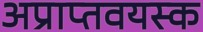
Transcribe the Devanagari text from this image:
अप्राप्तवयस्क